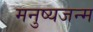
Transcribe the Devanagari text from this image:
मनुष्यजन्म